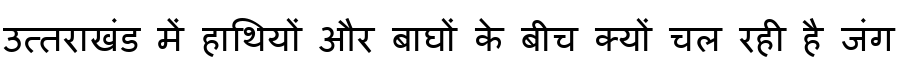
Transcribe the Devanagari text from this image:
उत्तराखंड में हाथियों और बाघों के बीच क्यों चल रही है जंग